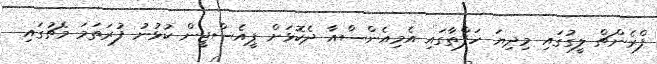
ފްރެންޗް ލީގުގައި މިދިޔަ ހަފްތާގައި އެމިއެންސްއާ ދެކޮޅަށް ޕީއެސްޖީން ކުޅުނު ފުރަތަމަ މެޗުގައި